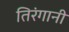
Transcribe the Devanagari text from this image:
तिरंगानी